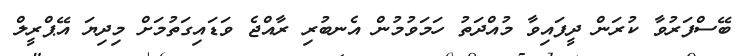
ބޭސްފަރުވާ ކުރަން ދީފައިވާ މުއްދަތު ހަމަވުމުން އެނބުރި ރާއްޖެ ވަޑައިގަތުމަށް މިދިޔަ އޭޕްރީލް